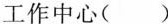
工作中心( )